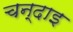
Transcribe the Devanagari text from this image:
चन्दाइ